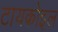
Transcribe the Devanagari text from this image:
टायकोइल